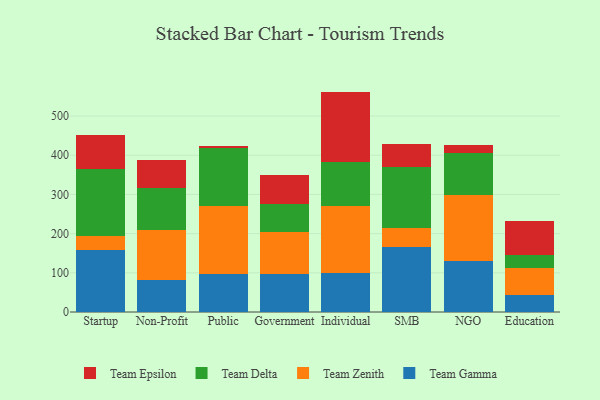
{"axis": {"x": "Segment", "y": "Humidity (%)"}, "legend": ["Team Delta", "Team Epsilon", "Team Gamma", "Team Zenith"], "data": [{"x": "Startup", "y": 158.7, "type": "Team Gamma"}, {"x": "Startup", "y": 35.0, "type": "Team Zenith"}, {"x": "Startup", "y": 171.5, "type": "Team Delta"}, {"x": "Startup", "y": 85.2, "type": "Team Epsilon"}, {"x": "Non-Profit", "y": 81.7, "type": "Team Gamma"}, {"x": "Non-Profit", "y": 127.1, "type": "Team Zenith"}, {"x": "Non-Profit", "y": 108.0, "type": "Team Delta"}, {"x": "Non-Profit", "y": 72.2, "type": "Team Epsilon"}, {"x": "Public", "y": 96.2, "type": "Team Gamma"}, {"x": "Public", "y": 174.1, "type": "Team Zenith"}, {"x": "Public", "y": 147.6, "type": "Team Delta"}, {"x": "Public", "y": 6.1, "type": "Team Epsilon"}, {"x": "Government", "y": 96.4, "type": "Team Gamma"}, {"x": "Government", "y": 108.3, "type": "Team Zenith"}, {"x": "Government", "y": 70.1, "type": "Team Delta"}, {"x": "Government", "y": 75.9, "type": "Team Epsilon"}, {"x": "Individual", "y": 100.1, "type": "Team Gamma"}, {"x": "Individual", "y": 171.2, "type": "Team Zenith"}, {"x": "Individual", "y": 112.6, "type": "Team Delta"}, {"x": "Individual", "y": 178.5, "type": "Team Epsilon"}, {"x": "SMB", "y": 164.9, "type": "Team Gamma"}, {"x": "SMB", "y": 49.2, "type": "Team Zenith"}, {"x": "SMB", "y": 155.3, "type": "Team Delta"}, {"x": "SMB", "y": 59.7, "type": "Team Epsilon"}, {"x": "NGO", "y": 129.2, "type": "Team Gamma"}, {"x": "NGO", "y": 169.1, "type": "Team Zenith"}, {"x": "NGO", "y": 107.8, "type": "Team Delta"}, {"x": "NGO", "y": 19.4, "type": "Team Epsilon"}, {"x": "Education", "y": 43.7, "type": "Team Gamma"}, {"x": "Education", "y": 69.1, "type": "Team Zenith"}, {"x": "Education", "y": 32.3, "type": "Team Delta"}, {"x": "Education", "y": 86.0, "type": "Team Epsilon"}]}